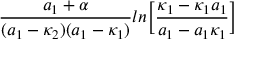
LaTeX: { \frac { a _ { 1 } + \alpha } { ( a _ { 1 } - \kappa _ { 2 } ) ( a _ { 1 } - \kappa _ { 1 } ) } } l n \biggl [ { \frac { \kappa _ { 1 } - \kappa _ { 1 } a _ { 1 } } { a _ { 1 } - a _ { 1 } \kappa _ { 1 } } } \biggr ]